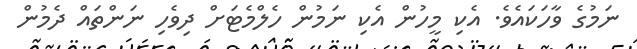
ނަމުގެ ވާހަކައެވެ. އެކި މީހުން އެކި ނަމުން ހެލްމެޓަށް ދިވެހި ނަންތައް ދެމުން